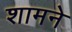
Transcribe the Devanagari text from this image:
शामने